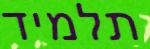
תלמיד